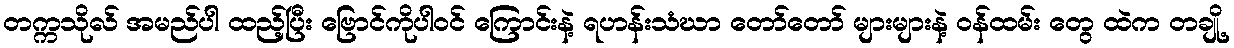
တက္ကသိုလ် အမည်ပါ ထည့်ပြီး ဗြောင်ကိုပါဝင် ကြောင်းနဲ့ ရဟန်းသံဃာ တော်တော် များများနဲ့ ဝန်ထမ်း တွေ ထဲက တချို့